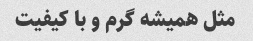
مثل همیشه گرم و با کیفیت